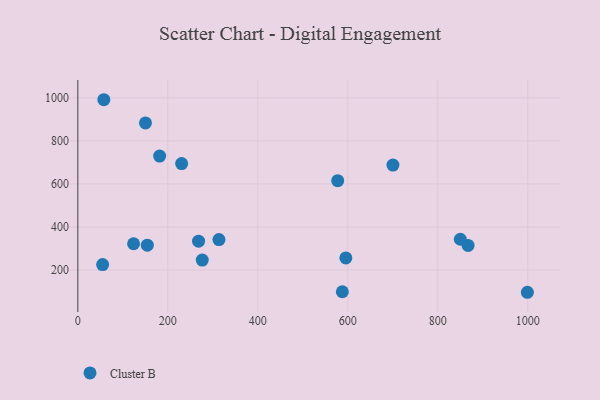
{"axis": {"x": "Engine Size", "y": "Exam Score"}, "legend": ["Cluster B"], "data": [{"x": "57.8", "y": 991.1, "type": "Cluster B"}, {"x": "850.0", "y": 343.1, "type": "Cluster B"}, {"x": "867.2", "y": 314.3, "type": "Cluster B"}, {"x": "181.8", "y": 729.4, "type": "Cluster B"}, {"x": "154.4", "y": 315.5, "type": "Cluster B"}, {"x": "276.5", "y": 246.6, "type": "Cluster B"}, {"x": "587.8", "y": 99.4, "type": "Cluster B"}, {"x": "123.9", "y": 322.3, "type": "Cluster B"}, {"x": "577.5", "y": 615.0, "type": "Cluster B"}, {"x": "999.0", "y": 96.9, "type": "Cluster B"}, {"x": "268.3", "y": 334.4, "type": "Cluster B"}, {"x": "55.1", "y": 225.5, "type": "Cluster B"}, {"x": "230.7", "y": 694.6, "type": "Cluster B"}, {"x": "313.6", "y": 341.7, "type": "Cluster B"}, {"x": "700.3", "y": 687.4, "type": "Cluster B"}, {"x": "595.6", "y": 256.5, "type": "Cluster B"}, {"x": "150.3", "y": 883.2, "type": "Cluster B"}]}